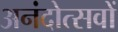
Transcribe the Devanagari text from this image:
अनंदोत्सवों